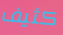
كثيف